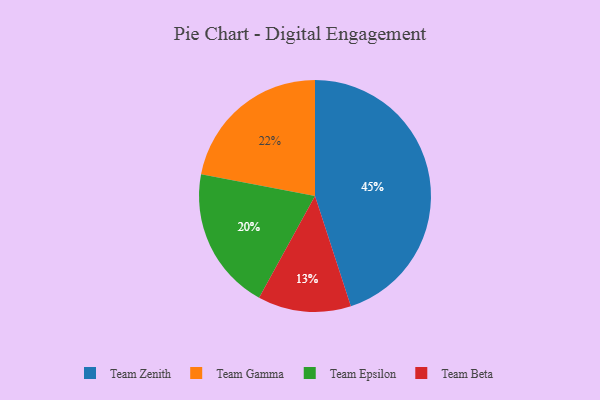
{"axis": {"x": "Category", "y": "Percentage"}, "legend": ["Team Beta", "Team Epsilon", "Team Gamma", "Team Zenith"], "data": [{"x": "Team Zenith", "y": 45, "type": "Team Zenith"}, {"x": "Team Beta", "y": 13, "type": "Team Beta"}, {"x": "Team Gamma", "y": 22, "type": "Team Gamma"}, {"x": "Team Epsilon", "y": 20, "type": "Team Epsilon"}]}